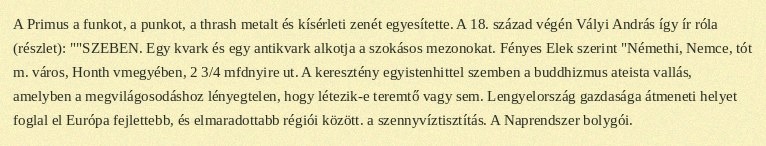
A Primus a funkot, a punkot, a thrash metalt és kísérleti zenét egyesítette. A 18. század végén Vályi András így ír róla (részlet): ""SZEBEN. Egy kvark és egy antikvark alkotja a szokásos mezonokat. Fényes Elek szerint "Némethi, Nemce, tót m. város, Honth vmegyében, 2 3/4 mfdnyire ut. A keresztény egyistenhittel szemben a buddhizmus ateista vallás, amelyben a megvilágosodáshoz lényegtelen, hogy létezik-e teremtő vagy sem. Lengyelország gazdasága átmeneti helyet foglal el Európa fejlettebb, és elmaradottabb régiói között. a szennyvíztisztítás. A Naprendszer bolygói.